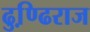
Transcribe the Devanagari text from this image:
ढुण्ढि़राज